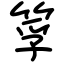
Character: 筟